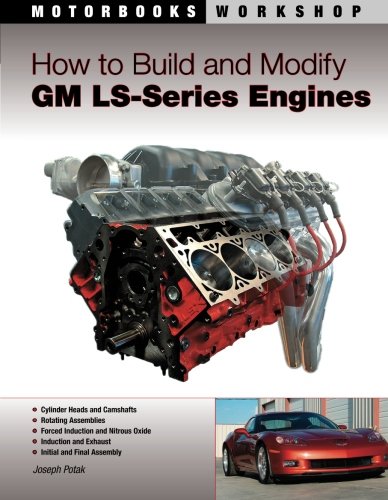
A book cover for How to Build and Modify GM LS-Series Engines (Motorbooks Workshop); Joseph Potak; Engineering & Transportation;